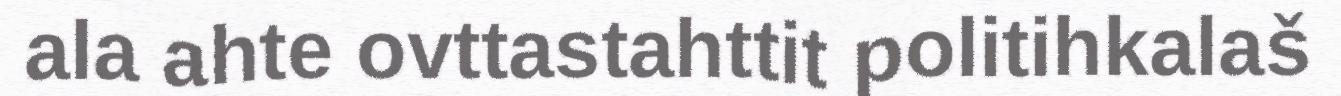
ala ahte ovttastahttit politihkalaš